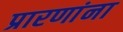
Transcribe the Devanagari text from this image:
प्रारणांना